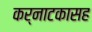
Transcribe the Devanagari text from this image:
कर्नाटकासह